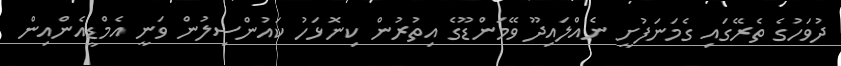
ދުވަހުގެ ތެރޭގައި ގެމަނަފުށީ ނެއްލައިދޫ ވޭމަންޑޫގެ އިތުރުން ކިނޮޅަހު ކައުންސިލުން ވަނީ އެމްޑީއެންއިން